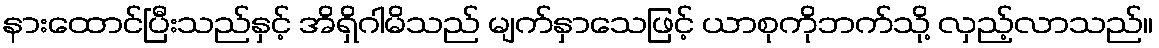
နားထောင်ပြီးသည်နှင့် အိရှိဂါမိသည် မျက်နှာသေဖြင့် ယာစုကိုဘက်သို့ လှည့်လာသည်။